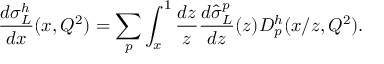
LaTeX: \frac { d \sigma _ { L } ^ { h } } { d x } ( x , Q ^ { 2 } ) = \sum _ { p } \int _ { x } ^ { 1 } \frac { d z } { z } \frac { d \hat { \sigma } _ { L } ^ { p } } { d z } ( z ) D _ { p } ^ { h } ( x / z , Q ^ { 2 } ) .